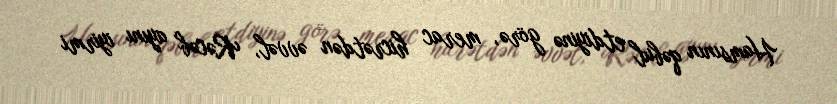
Hamsının qəbul etdiyinə görə, merac hicrətdən əvvəl, Rəcəb ayını iyirmi